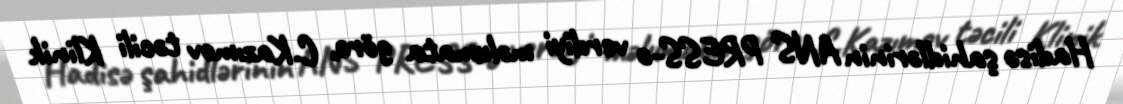
Hadisə şahidlərinin ANS PRESS-ə verdiyi məlumata görə, C.Kazımov təcili Klinik